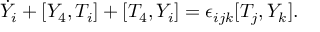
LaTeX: \dot { Y } _ { i } + [ Y _ { 4 } , T _ { i } ] + [ T _ { 4 } , Y _ { i } ] = \epsilon _ { i j k } [ T _ { j } , Y _ { k } ] .